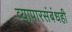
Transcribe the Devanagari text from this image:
व्यापारसंबंधही